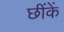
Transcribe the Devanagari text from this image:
छींकें